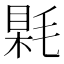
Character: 𣮰